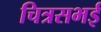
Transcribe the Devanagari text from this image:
चित्रसभई